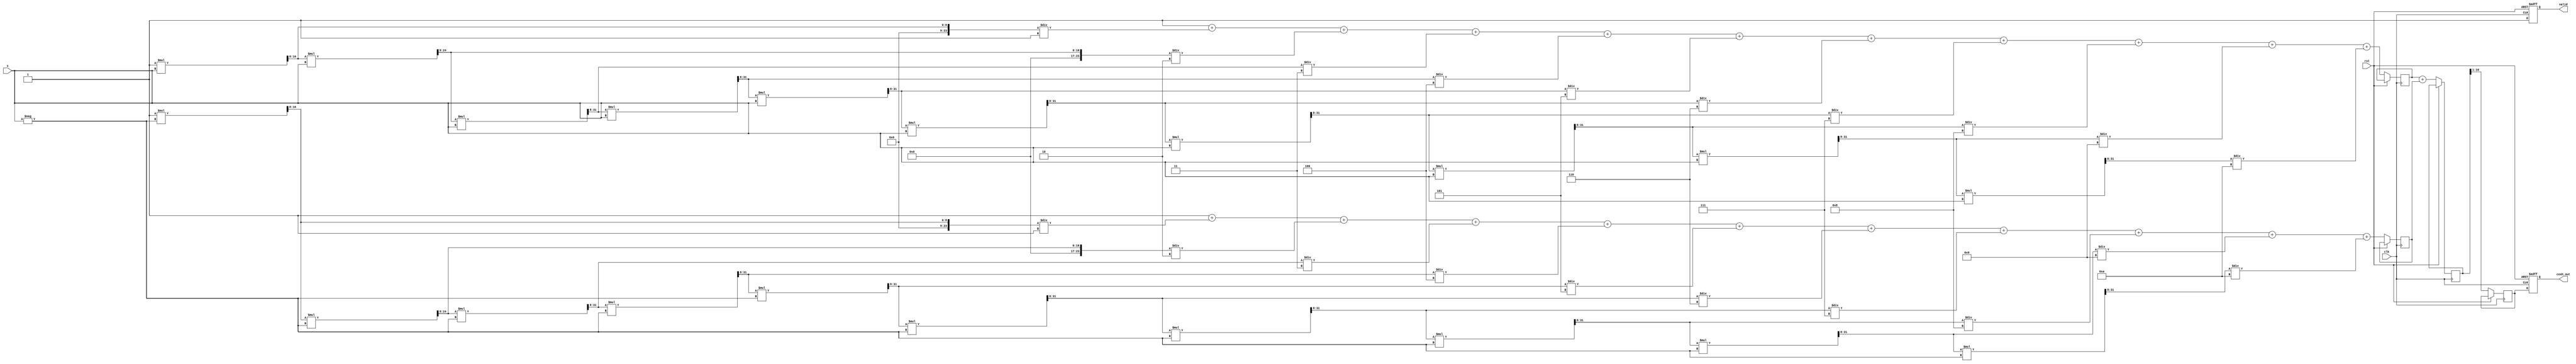
module cosh_arithmetic_block (
    input wire [15:0] x,          // Input (fixed-point, 16-bit)
    input wire clk,               // Clock signal
    input wire rst,               // Reset signal
    output reg [15:0] cosh_out,   // Output (fixed-point, 16-bit)
    output reg valid              // Output valid signal
);

    // Parameters for fixed-point representation
    parameter FIXED_POINT_FRACTIONAL_BITS = 8;
    parameter EXPONENT_MAX_ITERATIONS = 10; // Number of iterations for Taylor series

    // Internal signals
    reg [31:0] exp_x;              // e^x
    reg [31:0] exp_neg_x;          // e^-x
    reg [31:0] sum_exp;            // e^x + e^-x
    reg [15:0] divided_sum;         // (e^x + e^-x) / 2

    // Function to calculate e^x using Taylor series
    function [31:0] exp_taylor;
        input [15:0] x;
        integer i;
        reg [31:0] term;
        reg [31:0] result;
        begin
            result = 32'h00000001; // e^0 = 1
            term = 32'h00000001;   // First term (x^0 / 0!)
            for (i = 1; i <= EXPONENT_MAX_ITERATIONS; i = i + 1) begin
                term = (term * x) >> FIXED_POINT_FRACTIONAL_BITS; // x^i / i!
                result = result + term / i; // Add term to result
            end
            exp_taylor = result;
        end
    endfunction

    // Main process
    always @(posedge clk or posedge rst) begin
        if (rst) begin
            cosh_out <= 16'b0;
            valid <= 1'b0;
        end else begin
            // Calculate e^x and e^-x
            exp_x <= exp_taylor(x);
            exp_neg_x <= exp_taylor(-x);

            // Calculate e^x + e^-x
            sum_exp <= exp_x + exp_neg_x;

            // Divide by 2 (right shift for fixed-point)
            divided_sum <= sum_exp >> 1;

            // Assign output and valid signal
            cosh_out <= divided_sum[15:0]; // Take lower 16 bits
            valid <= 1'b1; // Output is valid
        end
    end

endmodule